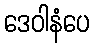
ဒေဝါနံပေ